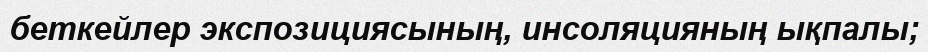
беткейлер экспозициясының, инсоляцияның ықпалы;